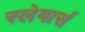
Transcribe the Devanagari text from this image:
स्लेयार्स